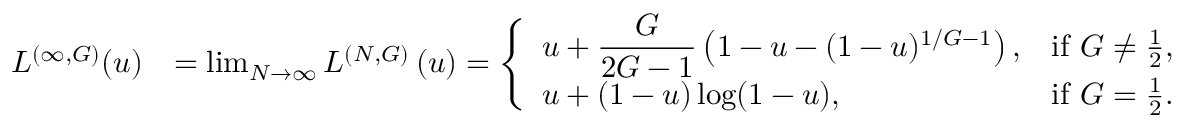
\begin{array} { r l } { L ^ { ( \infty , G ) } ( u ) } & { = \operatorname* { l i m } _ { N \to \infty } L ^ { ( N , G ) } \left( u \right) = \left\{ \begin{array} { l l } { \displaystyle u + \frac { G } { 2 G - 1 } \left( 1 - u - ( 1 - u ) ^ { 1 / G - 1 } \right) , } & { \mathrm { i f ~ } G \neq \frac { 1 } { 2 } , } \\ { \displaystyle u + ( 1 - u ) \log ( 1 - u ) , } & { \mathrm { i f ~ } G = \frac { 1 } { 2 } . } \end{array} \right. } \end{array}